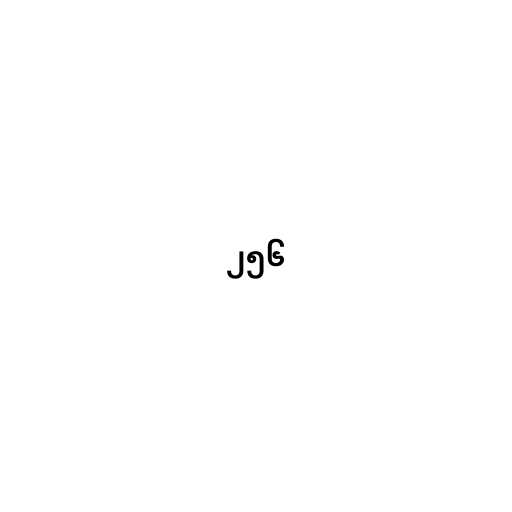
၂၅၆